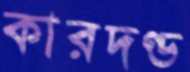
কারদণ্ড